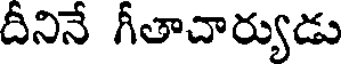
దీనినే గీతాచార్యుడు